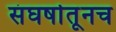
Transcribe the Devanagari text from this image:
संघर्षातूनच